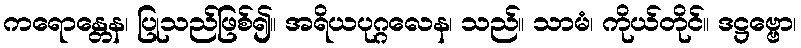
ကရောန္တေန၊ ပြုသည်ဖြစ်၍။ အရိယပုဂ္ဂလေန၊ သည်။ သာမံ၊ ကိုယ်တိုင်။ ဒဋ္ဌဗ္ဗော၊